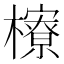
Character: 𪴔